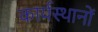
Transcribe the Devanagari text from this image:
कार्यस्थानों